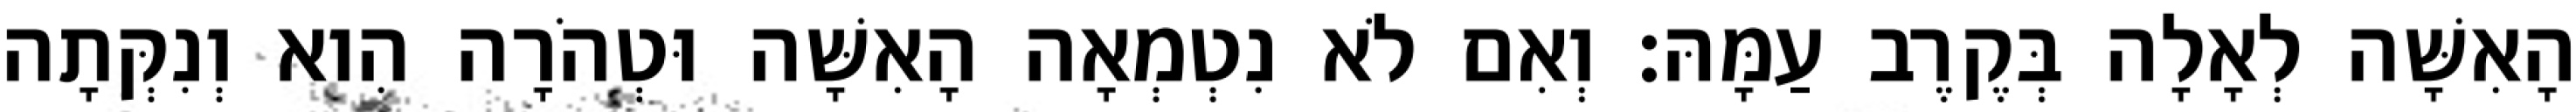
הָאִשָּׁה לְאָלָה בְּקֶרֶב עַמָּהּ׃ וְאִם לֹא נִטְמְאָה הָאִשָּׁה וּטְהֹרָה הִוא וְנִקְּתָה